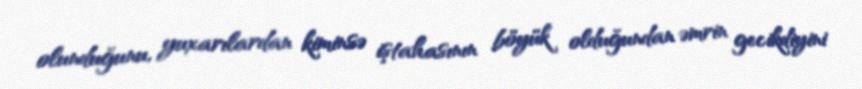
olunduğunu, yuxarılardan kiminsə iştahasının böyük olduğundan əmrin gecikdiyini